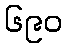
၆၉၀